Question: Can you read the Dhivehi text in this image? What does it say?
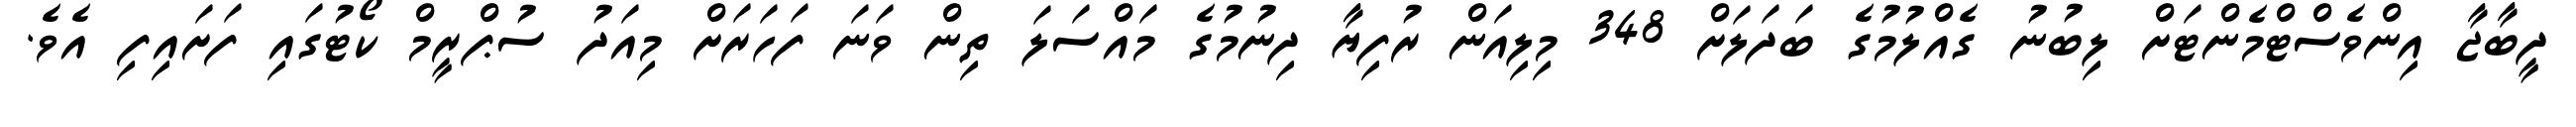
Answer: ދީބާޖާ އިންވެސްޓްމެންޓަށް ލިބުނު ގެއްލުމުގެ ބަދަލަށް 348 މިލިއަން ރުފިޔާ ދިނުމުގެ މައްސަލަ ތިން ވަނަ ފަހަރަށް މިއަދު ސުޕްރީމް ކޯޓުގައި ފަށައިފި އެވެ.